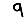
Digit: 9